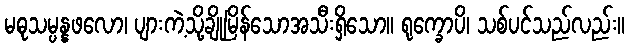
မဓုသမ္ပန္နဖလော၊ ပျားကဲ့သို့ချိုမြိန်သောအသီးရှိသော။ ရုက္ခောပိ၊ သစ်ပင်သည်လည်း။